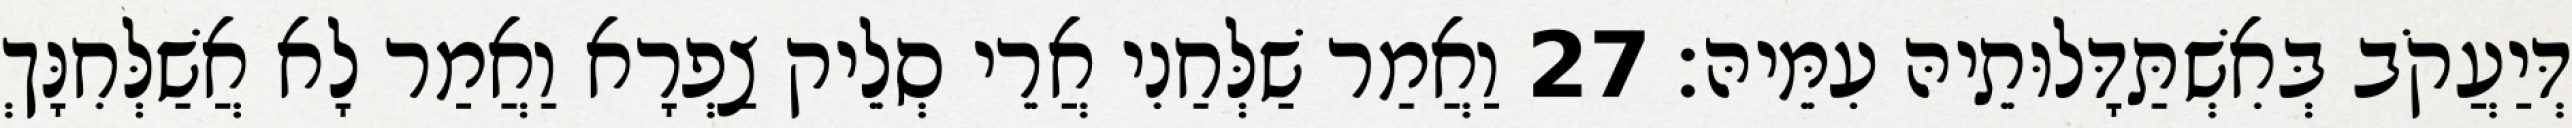
דְּיַעֲקֹב בְּאִשְׁתַּדָּלוּתֵיהּ עִמֵּיהּ׃ 27 וַאֲמַר שַׁלְּחַנִי אֲרֵי סְלֵיק צַפְרָא וַאֲמַר לָא אֲשַׁלְּחִנָּךְ